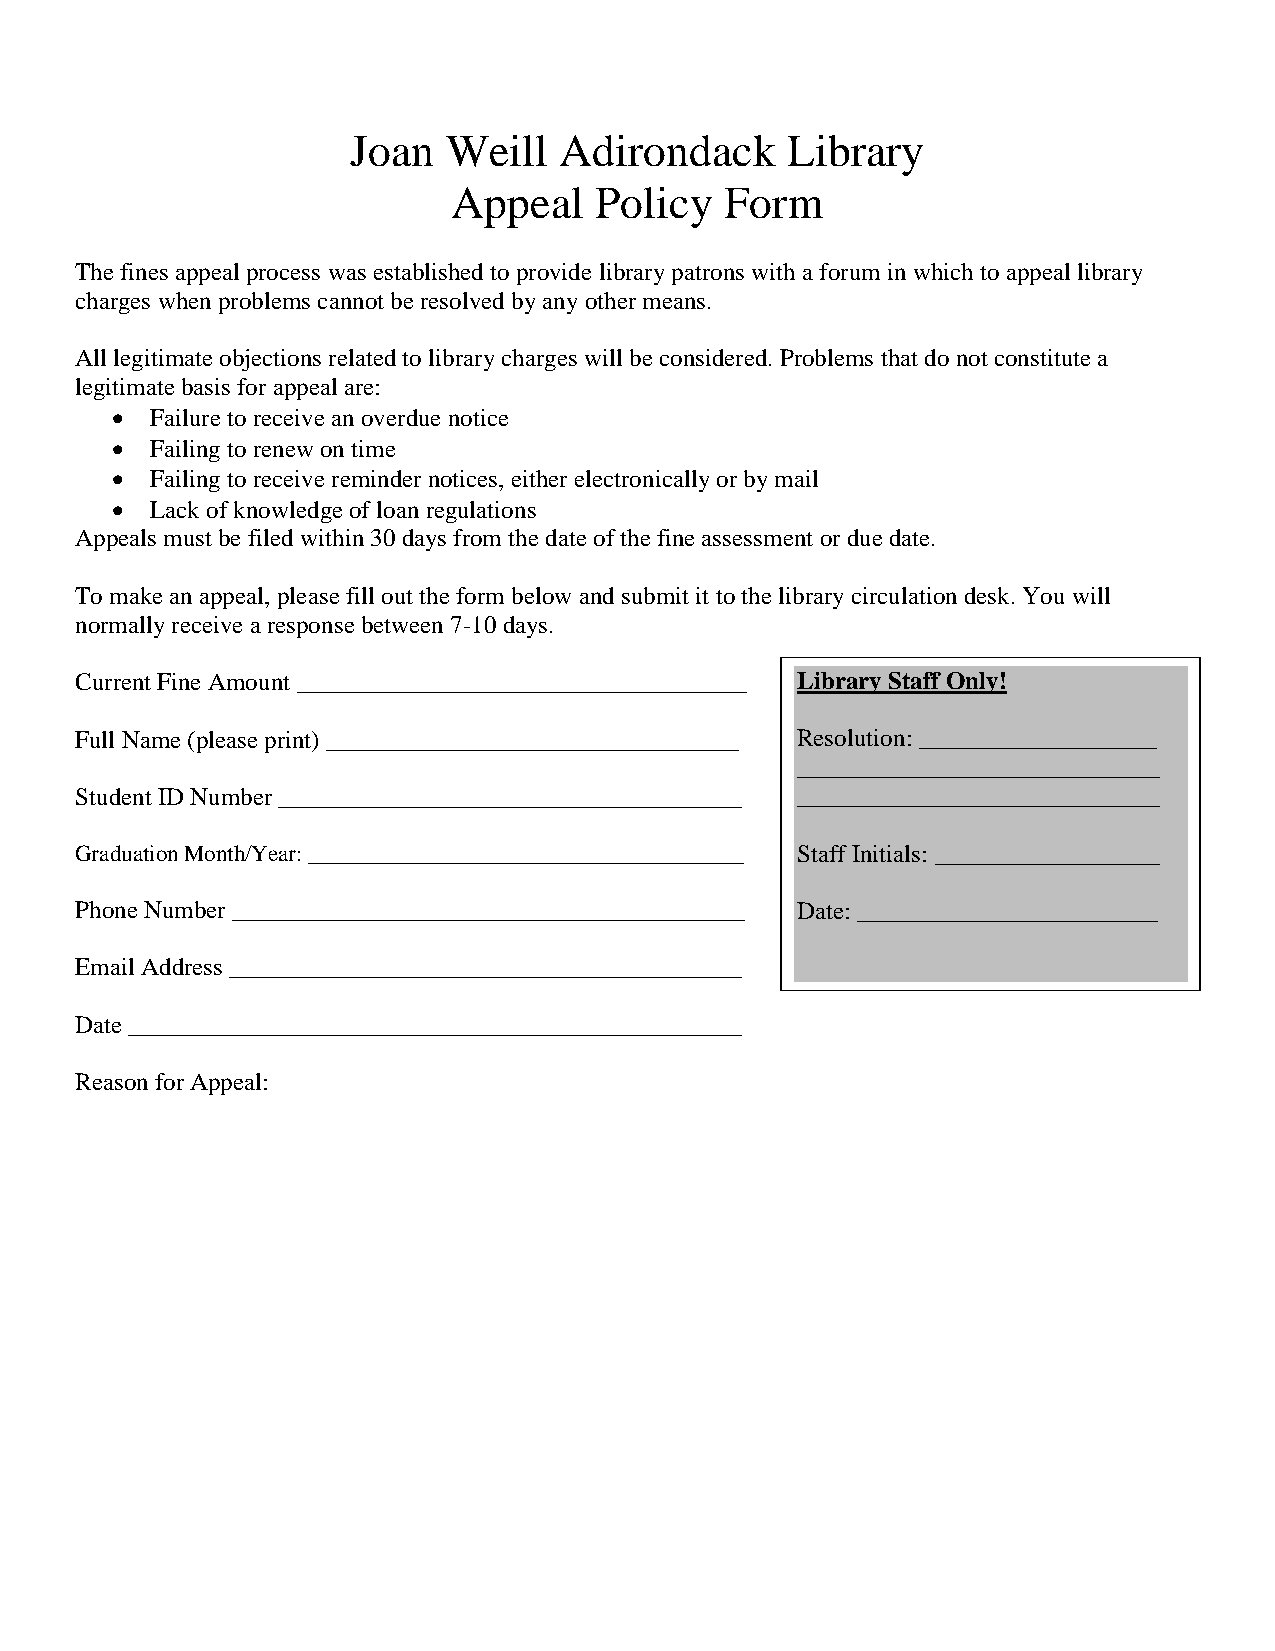
Joan   Weill  Adirondack     Library
 Appeal   Policy   Form
 The fines appeal process was established to provide library patrons with a forum in which to appeal library
 charges when problems cannot be resolved by any other means.
 All legitimate objections related to library charges will be considered. Problems that do not constitute a
 legitimate basis for appeal are:
 •  Failure to receive an overdue notice
 •  Failing to renew on time
 •  Failing to receive reminder notices, either electronically or by mail
 •  Lack of knowledge of loan regulations
 Appeals must be filed within 30 days from the date of the fine assessment or due date.
 To make an appeal, please fill out the form below and submit it to the library circulation desk. You will
 normally receive a response between 7-10 days.
 Current Fine Amount ____________________________________ Library Staff Only!
 Full Name (please print) _________________________________ Resolution: ___________________
 _____________________________
 Student ID Number _____________________________________ _____________________________
 Graduation Month/Year: ______________________________________ Staff Initials: __________________
 Phone Number _________________________________________ Date: ________________________
 Email Address _________________________________________
 Date _________________________________________________
 Reason for Appeal: